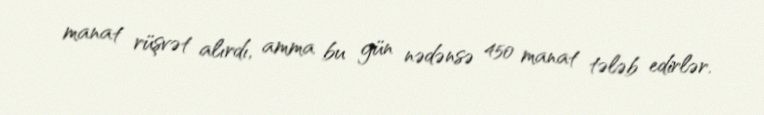
manat rüşvət alırdı, amma bu gün nədənsə 450 manat tələb edirlər.